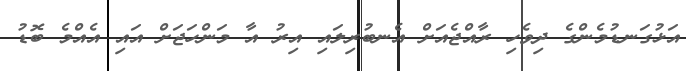
އަޅުގަނޑުމެންގެ ދިވެހި ރާއްޖެއަށް އެނބުރިލައި އިރު އާ މަންހަޖަށް އައި އެއްމެ ބޮޑު